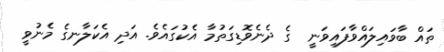
ތައް ބާވައިލައްވާފައިވަނީ  ގެ ދެނެވޮޑިގަތުމާ އެކުގައެވެ. އަދި އެކަލާނގެ މެނުވީ